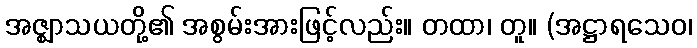
အဇ္ဈာသယတို့၏ အစွမ်းအားဖြင့်လည်း။ တထာ၊ တူ။ (အဋ္ဌာရသေဝ၊